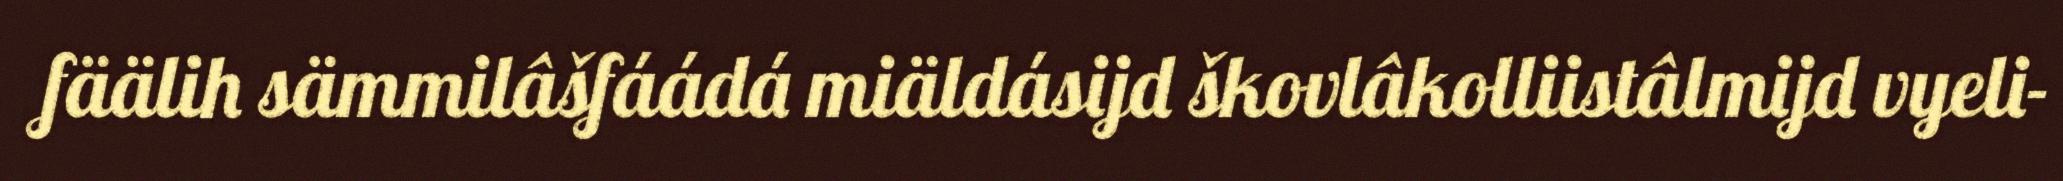
fäälih sämmilâšfáádá miäldásijd škovlâkolliistâlmijd vyeli-